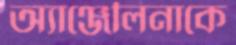
অ্যাঞ্জেলিনাকে